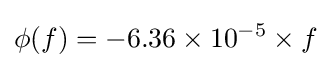
\phi (f)=-6.36\times 10^{-5}\times f